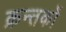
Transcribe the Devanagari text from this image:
क्रन्तकों